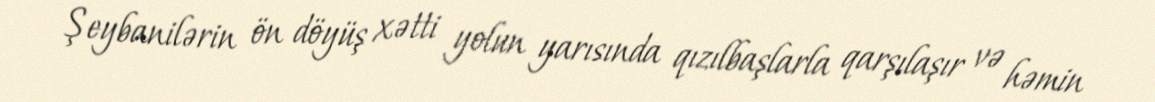
Şeybanilərin ön döyüş xətti yolun yarısında qızılbaşlarla qarşılaşır və həmin